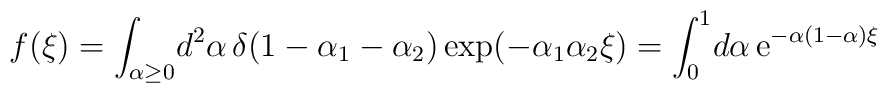
f(\xi)=\int_{\alpha\geq0}\!d^2\alpha\,	\delta(1-\alpha_1-\alpha_2)\exp(-\alpha_1\alpha_2\xi)	=\int^1_0\!d\alpha\,{\rm e}^{-\alpha(1-\alpha)\xi}